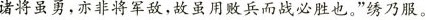
诸将虽勇，亦非将军敌，故虽用败兵而战必胜也。”绣乃服。